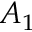
A _ { 1 }